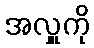
အလှူကို